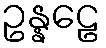
ဥန္နဠေ